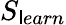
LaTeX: S_{\mathsf{l}earn}